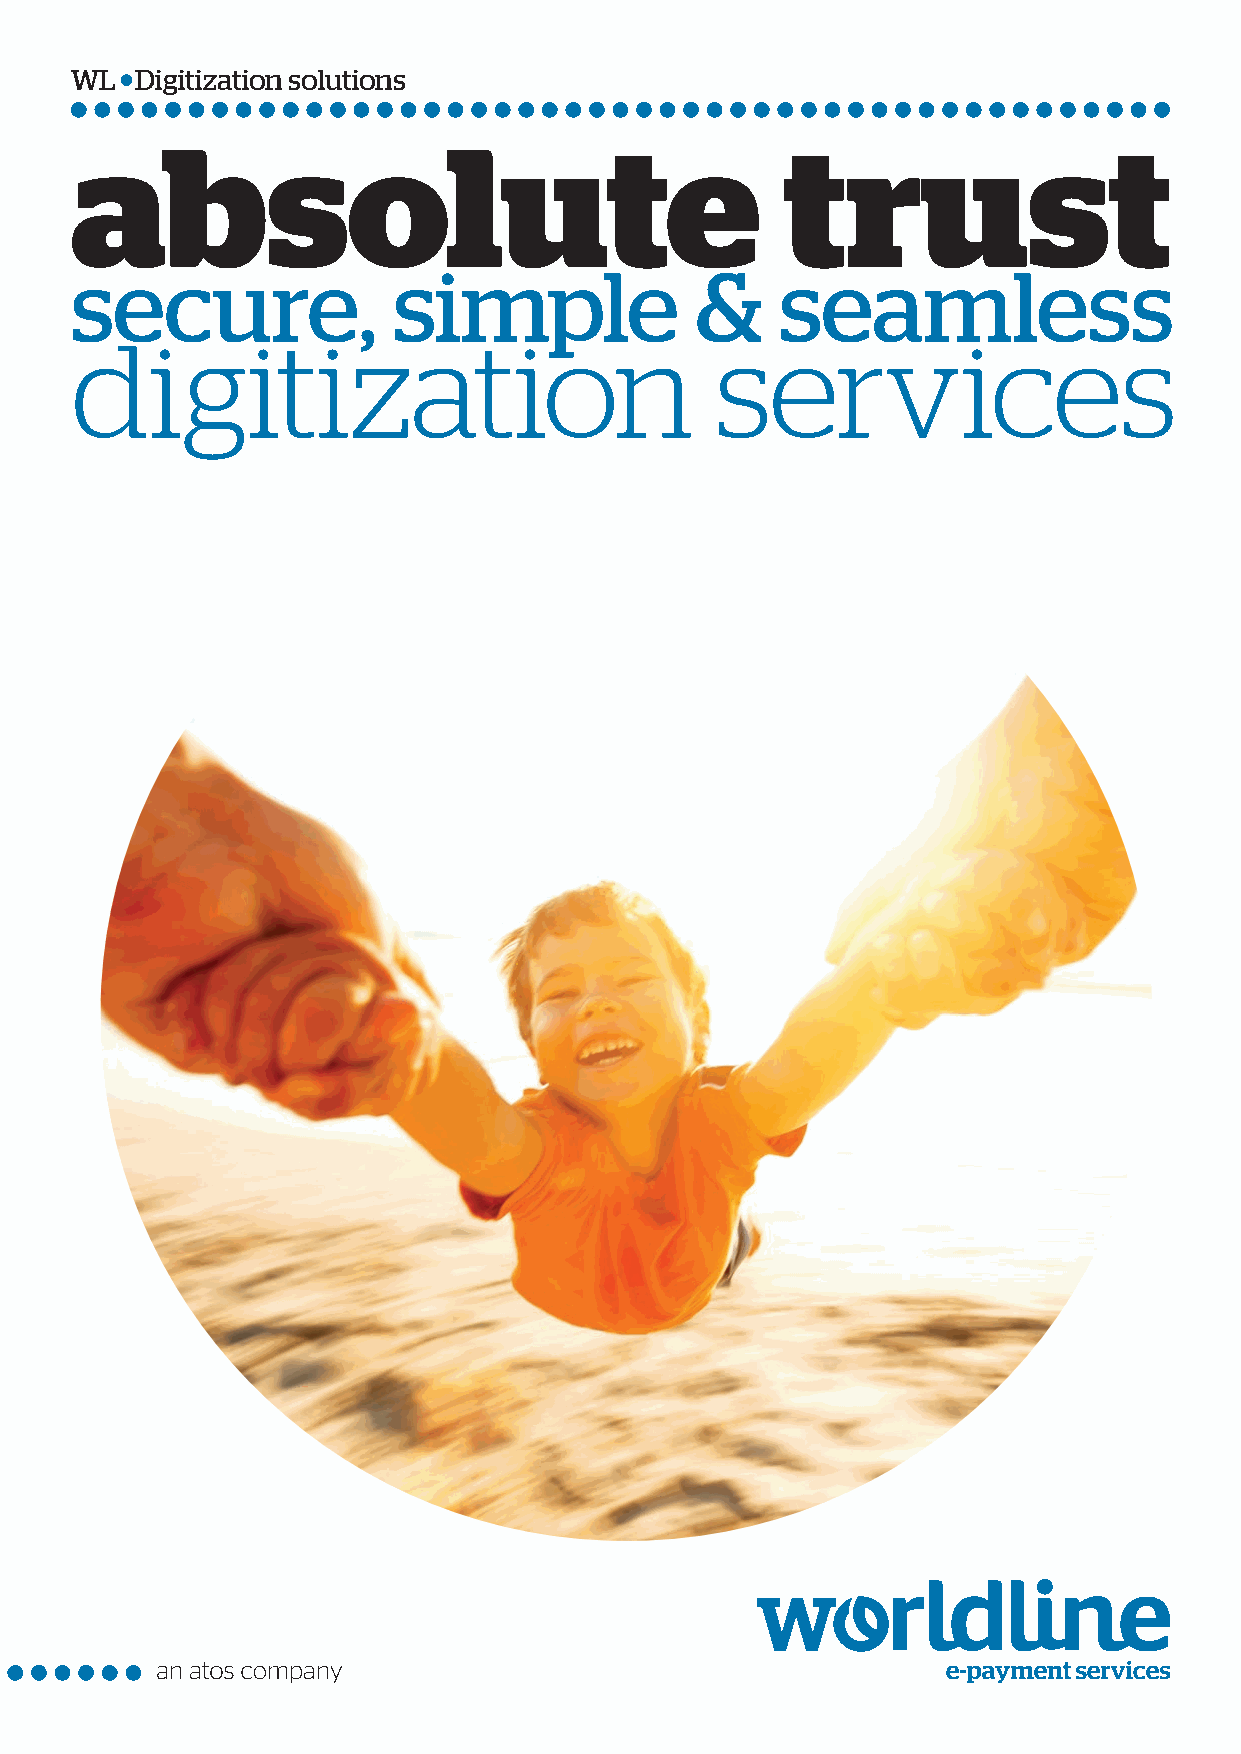
WL  Digitization solutions
 absolute                                       trust
 secure,              simple              &     seamless
 digitization                              services